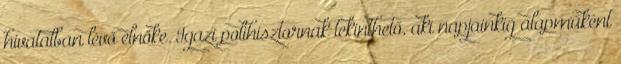
hivatalban lévő elnöke. Igazi polihisztornak tekinthető, aki napjainkig alapműként